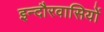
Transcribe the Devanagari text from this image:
इन्दौरवासियों